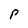
Character: p